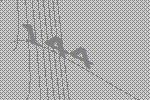
144